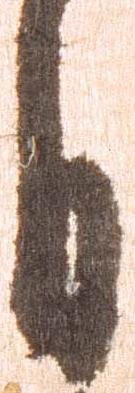
月